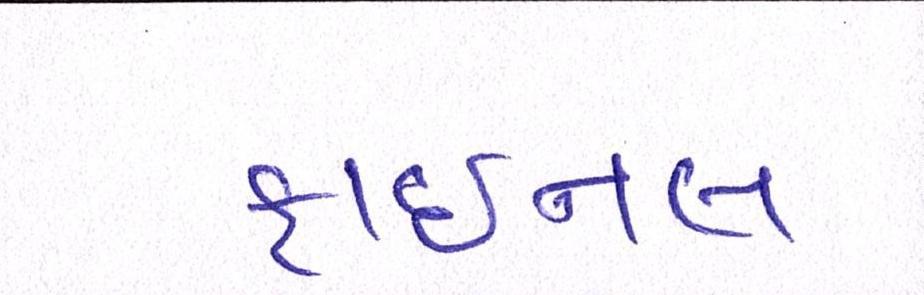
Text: ફાઈનલ